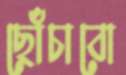
ছোঁচাবো